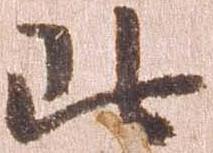
北